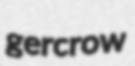
gercrow